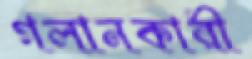
গলানকারী